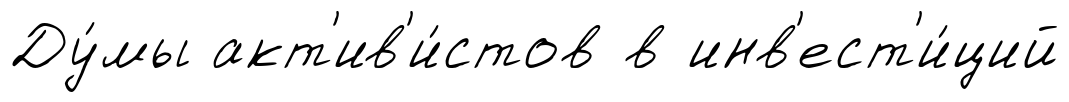
Ду́мы акт'ив'и́стов в инв'ест'и́ций